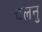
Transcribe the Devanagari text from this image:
चलनु